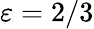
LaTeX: \varepsilon=2/3